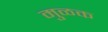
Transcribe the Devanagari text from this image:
मुळक